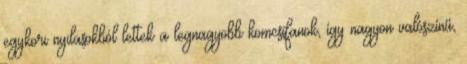
egykori nyilasokból lettek a legnagyobb komcsifanok, így nagyon valószínű,